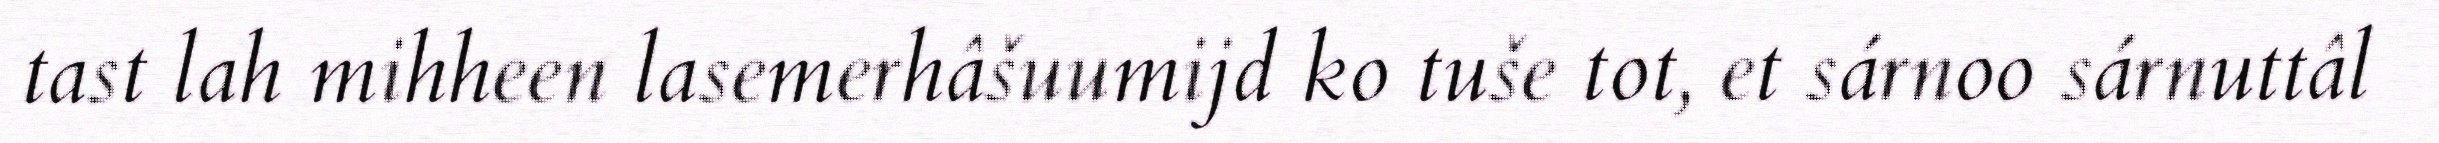
tast lah mihheen lasemerhâšuumijd ko tuše tot, et sárnoo sárnuttâl